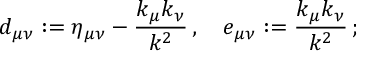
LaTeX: d _ { \mu \nu } : = \eta _ { \mu \nu } - \frac { k _ { \mu } k _ { \nu } } { k ^ { 2 } } \, , \quad e _ { \mu \nu } : = \frac { k _ { \mu } k _ { \nu } } { k ^ { 2 } } \, ;